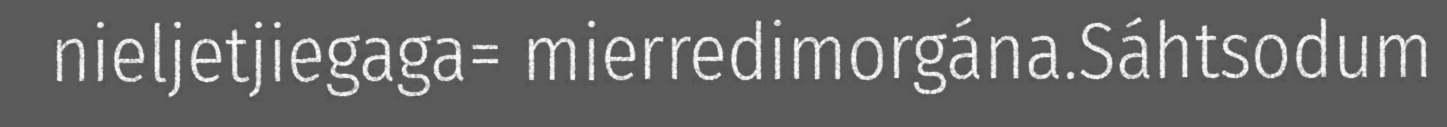
nieljetjiegaga= mierredimorgána.Sáhtsodum